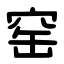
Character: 窑